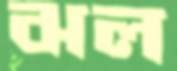
ঝল